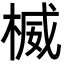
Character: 楲